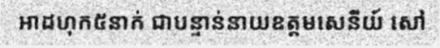
អាដហុក៥នាក់ ជាបន្ទាន់នាយឧត្តមសេនីយ៍ សៅ